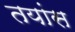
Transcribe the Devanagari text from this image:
तयांस